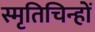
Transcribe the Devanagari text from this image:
स्मृतिचिन्हों